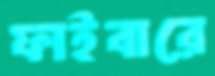
ফাইবারে